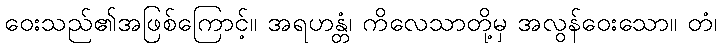
ဝေးသည်၏အဖြစ်ကြောင့်။ အရဟန္တံ၊ ကိလေသာတို့မှ အလွန်ဝေးသော။ တံ၊